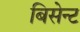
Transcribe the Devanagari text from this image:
बिसेन्ट